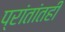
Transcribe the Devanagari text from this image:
प्रांतांतही